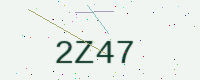
Text: 2Z47